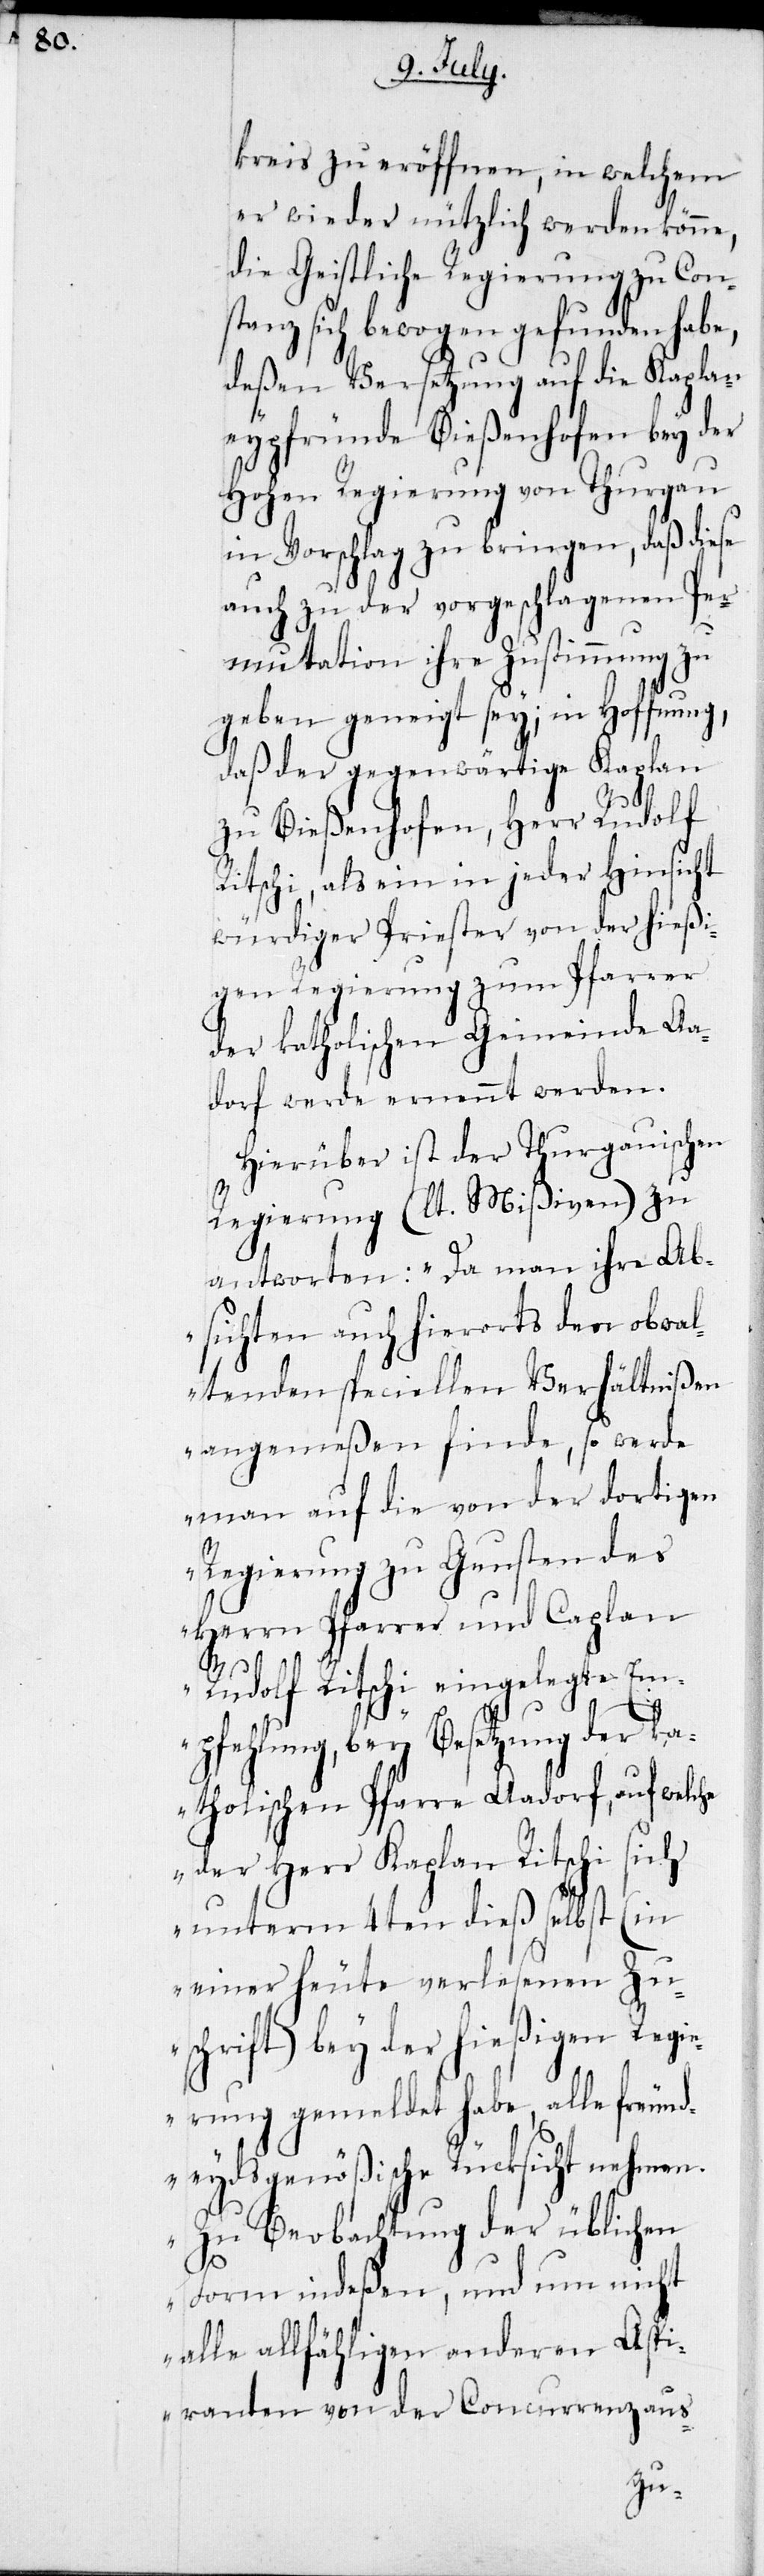
kreis zu eröffnen, in welchem
er wieder nützlich werden könne,
die Geistliche Regierung zu Con¬
stanz sich bewogen gefunden habe,
deßen Versetzung auf die Kaplan¬
eypfründe Bießenhofen bey der
Hohen Regierung von Thurgau
in Vorschlag zu bringen, daß diese
auch zu der vorgeschlagenen Pfa¬
rrmutation ihre Zustimmung zu
geben geneigt sey; in Hoffnung,
daß der gegenwärtige Kaplan
zu Bießenhofen, Herr Rudolf
Ritschi, als ein in jeder Hinsicht
würdiger Priester von der hießi¬
gen Regierung zum Pfarrer
der katholischen Gemeinde Aa¬
dorf werde ernannt werden.
Hierüber ist der Thurgauischen
Regierung (lt. Mißiven) zu
antworten: „Da man ihre Ab¬
sichten auch hierorts den obwal¬
tenden speciellen Verhältnißen
angemeßen finde, so werde
man auf die von der dortigen
Regierung zu Gunsten des
he
Herrn Pfarrer und Cap¬
Rudolf Ritschi eingelegte Em¬
pfehlung, bey Besetzung der ka¬
tholischen Pfarre Aadorf, auf welc¬
sich
der Herr Kaplan Ritschi
unterm 4ten dieß selbst (in
einer heute verlesenen Zu¬
schrift) bey der hießigen Regi¬
erung gemeldet habe, alle freund¬
eydsgenößiche Rücksicht nehmen.
Zu Beobachtung der üblichen
Form indeßen, und um nicht
alle allfähligen anderen Aspi¬
ranten von der Concurrenz aus-